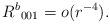
LaTeX: \begin{align*} R^b{}_{0 0 1} = o(r^{-4}). \end{align*}